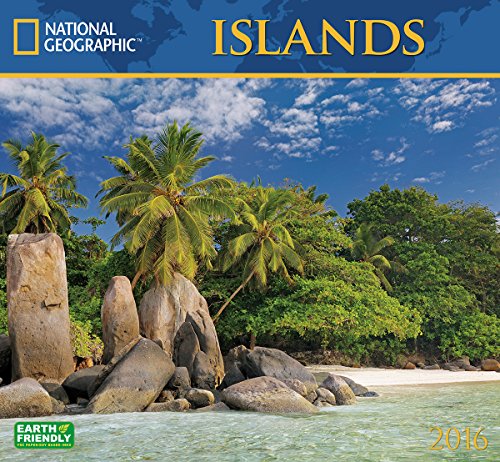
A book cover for Islands National Geographic 2016 Wall Calendar; National Geographic Society; Travel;